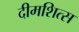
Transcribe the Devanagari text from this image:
दीमशित्स